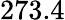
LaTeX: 273.4